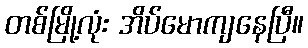
တစ်မြို့လုံး အိပ်မောကျနေပြီ။